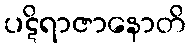
ပဋိရာဇာနောတိ